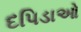
દપિડાઓ